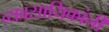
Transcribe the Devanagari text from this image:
व्यवसायिकांनी